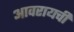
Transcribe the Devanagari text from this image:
आवरायची